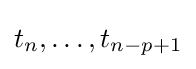
t_{n},\ldots ,t_{n-p+1}